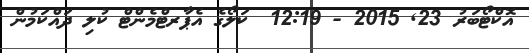
އޮކްޓޯބަރު 23